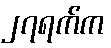
၂၇ရက်က